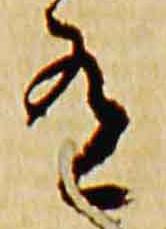
有